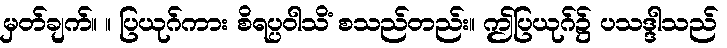
မှတ်ချက်။ ။ ပြယုဂ်ကား စိရပ္ပဝါသိံ စသည်တည်း။ ဤပြယုဂ်၌ ပသဒ္ဒါသည်